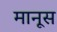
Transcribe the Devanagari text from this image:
मानूस